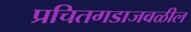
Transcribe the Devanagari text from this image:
प्रचितगडाजवळील